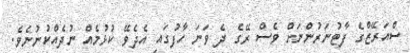
ސްއަރޭޒްގެ ފާޓުނަރުންނަށް ވެސް ރޭގެ ދެ ވަނަ ހާފުގައި އެދެވޭ ކުޅުމެއް ނުދެއްކުނުނެވެ.